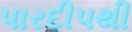
પારદીપથી